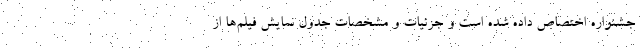
جشنواره اختصاص داده شده است و جزئیات و مشخصات جدول نمایش فیلم‌ها از